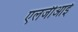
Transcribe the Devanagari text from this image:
एलजीआई